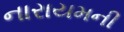
નારાયમની